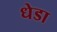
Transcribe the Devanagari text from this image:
धेडा